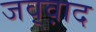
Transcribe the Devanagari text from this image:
जव़्व़ाद